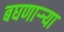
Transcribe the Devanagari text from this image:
बघणाऱ्र्‍या